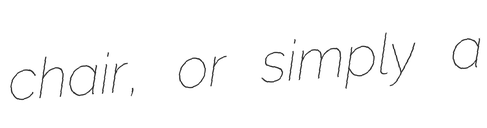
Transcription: chair, or simply a